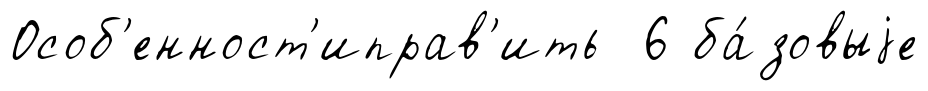
Особ'енност'иправ'ить 6 ба́зовыjе